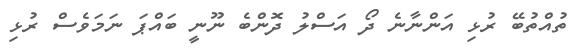
ތުއްތުބޭ ރުޅި އަންނާނެ ދޯ އަސްލު ދޮންބެ ނޫނީ ބައްޕަ ނަމަވެސް ރުޅި